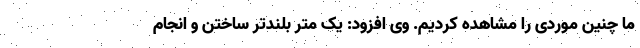
ما چنین موردی را مشاهده کردیم. وی افزود: یک متر بلندتر ساختن و انجام